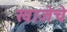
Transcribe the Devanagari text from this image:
खाजेचे